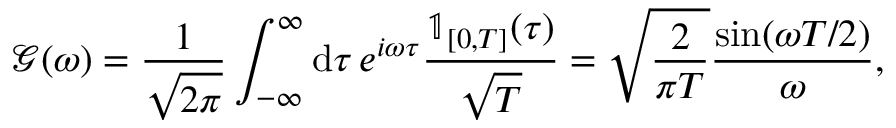
\mathcal { G } ( \omega ) = \frac { 1 } { \sqrt { 2 \pi } } \int _ { - \infty } ^ { \infty } \mathrm { d } \tau \, e ^ { i \omega \tau } \frac { \mathbb { 1 } _ { [ 0 , T ] } ( \tau ) } { \sqrt { T } } = \sqrt { \frac { 2 } { \pi T } } \frac { \sin ( \omega T / 2 ) } { \omega } ,